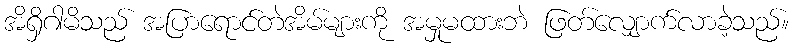
အိရှိဂါမိသည် အပြာရောင်တဲအိမ်များကို အမှုမထားဘဲ ဖြတ်လျှောက်လာခဲ့သည်။